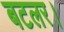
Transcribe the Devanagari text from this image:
बटलर।